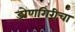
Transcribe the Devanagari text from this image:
डोणगिरीचा